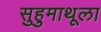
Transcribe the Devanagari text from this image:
सुहुमाथूला